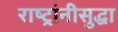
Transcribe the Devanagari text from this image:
राष्ट्रांनीसुद्धा